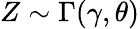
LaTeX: Z\sim\Gamma(\gamma,\theta)